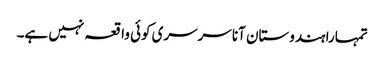
تمہارا ہندوستان آنا سرسری کوئی واقعہ نہیں ہے۔